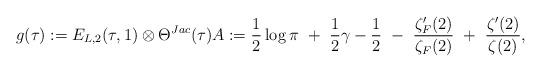
LaTeX: \begin{align*}g(\tau) := E_{L,2}(\tau,1) \otimes \Theta^{Jac}(\tau) A := \frac12 \log \pi \ + \ \frac12 \gamma - \frac12 \ - \ \frac{\zeta_F'(2)}{\zeta_F(2)} \ + \ \frac{\zeta'(2)}{\zeta(2)} ,\end{align*}